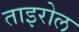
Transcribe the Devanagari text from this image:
ताइरोल